Annual report on the Civil Veterinary Department, Burma (including the Insein Veterinary School) - 1932-1941
Year: 1932
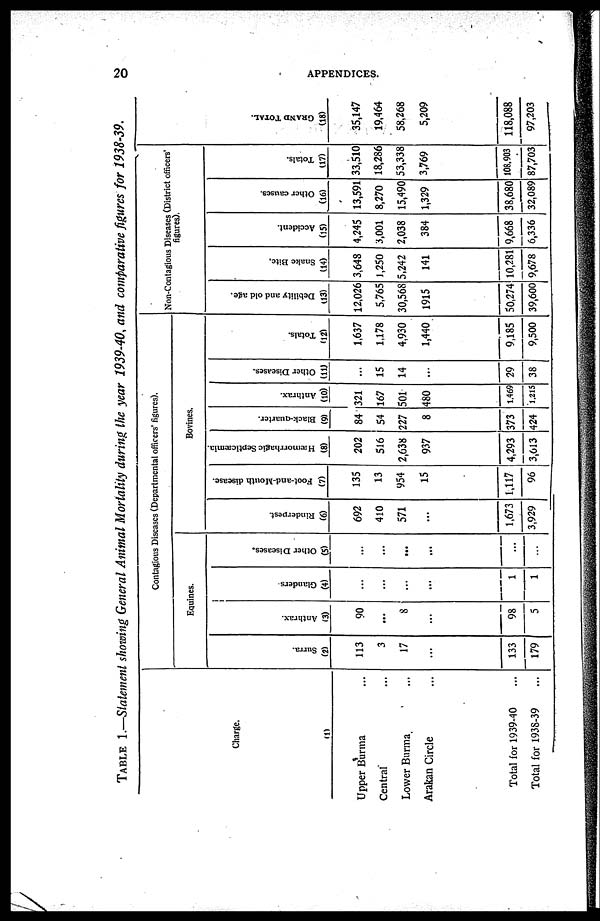
20
APPENDICES.
TABLE 1.—Statement showing General Animal Mortality during the year 1939-40, and comparative figures for 1938-39.
Charge.
(1)
Upper Burma ...
Central ...
Lower Burma ...
Arakan Circle ...
Total for 1939-40 ...
Total for 1938-39 ...
Contagious Diseases (Departmental officers' figures).
Equines.
Surra.
(2)
113
3
17
...
133
179
Anthrax.
(3)
90
...
8
...
98
5
Glanders
(4)
...
...
...
...
1
1
Other Diseases.
(5)
...
...
...
...
...
...
Rinderpest.
(6)
692
410
571
...
1,673
3,929
Bovines.
Foot-and-Mouth disease.
(7)
135
13
954
15
1,117
96
Hæmorrhagic Septicæmia.
(8)
202
516
2,638
937
4,293
3,613
Black-quarter.
(9)
84
54
227
8
373
424
Anthrax.
(10)
321
167
501
480
1,469
1,215
Other Diseases.
(11)
...
15
14
...
29
38
Totals.
(12)
1,637
1,178
4,930
1,440
9,185
9,500
Non-Contagious Diseases (District officers'
figures).
Debility and old age.
(13)
12,026
5,765
30,568
1915
50,274
39,600
Snake Bite.
(14)
3,648
1,250
5,242
141
10,281
9,678
Accident.
(15)
4,245
3,001
2,038
384
9,668
6,336
Other causes.
(16)
13,591
8,270
15,490
1,329
38,680
32,089
Totals.
(17)
33,510
18,286
53,338
3,769
108.903
87,703
GRAND TOTAL.
(18)
35,147
19,464
58,268
5,209
118,088
97,203